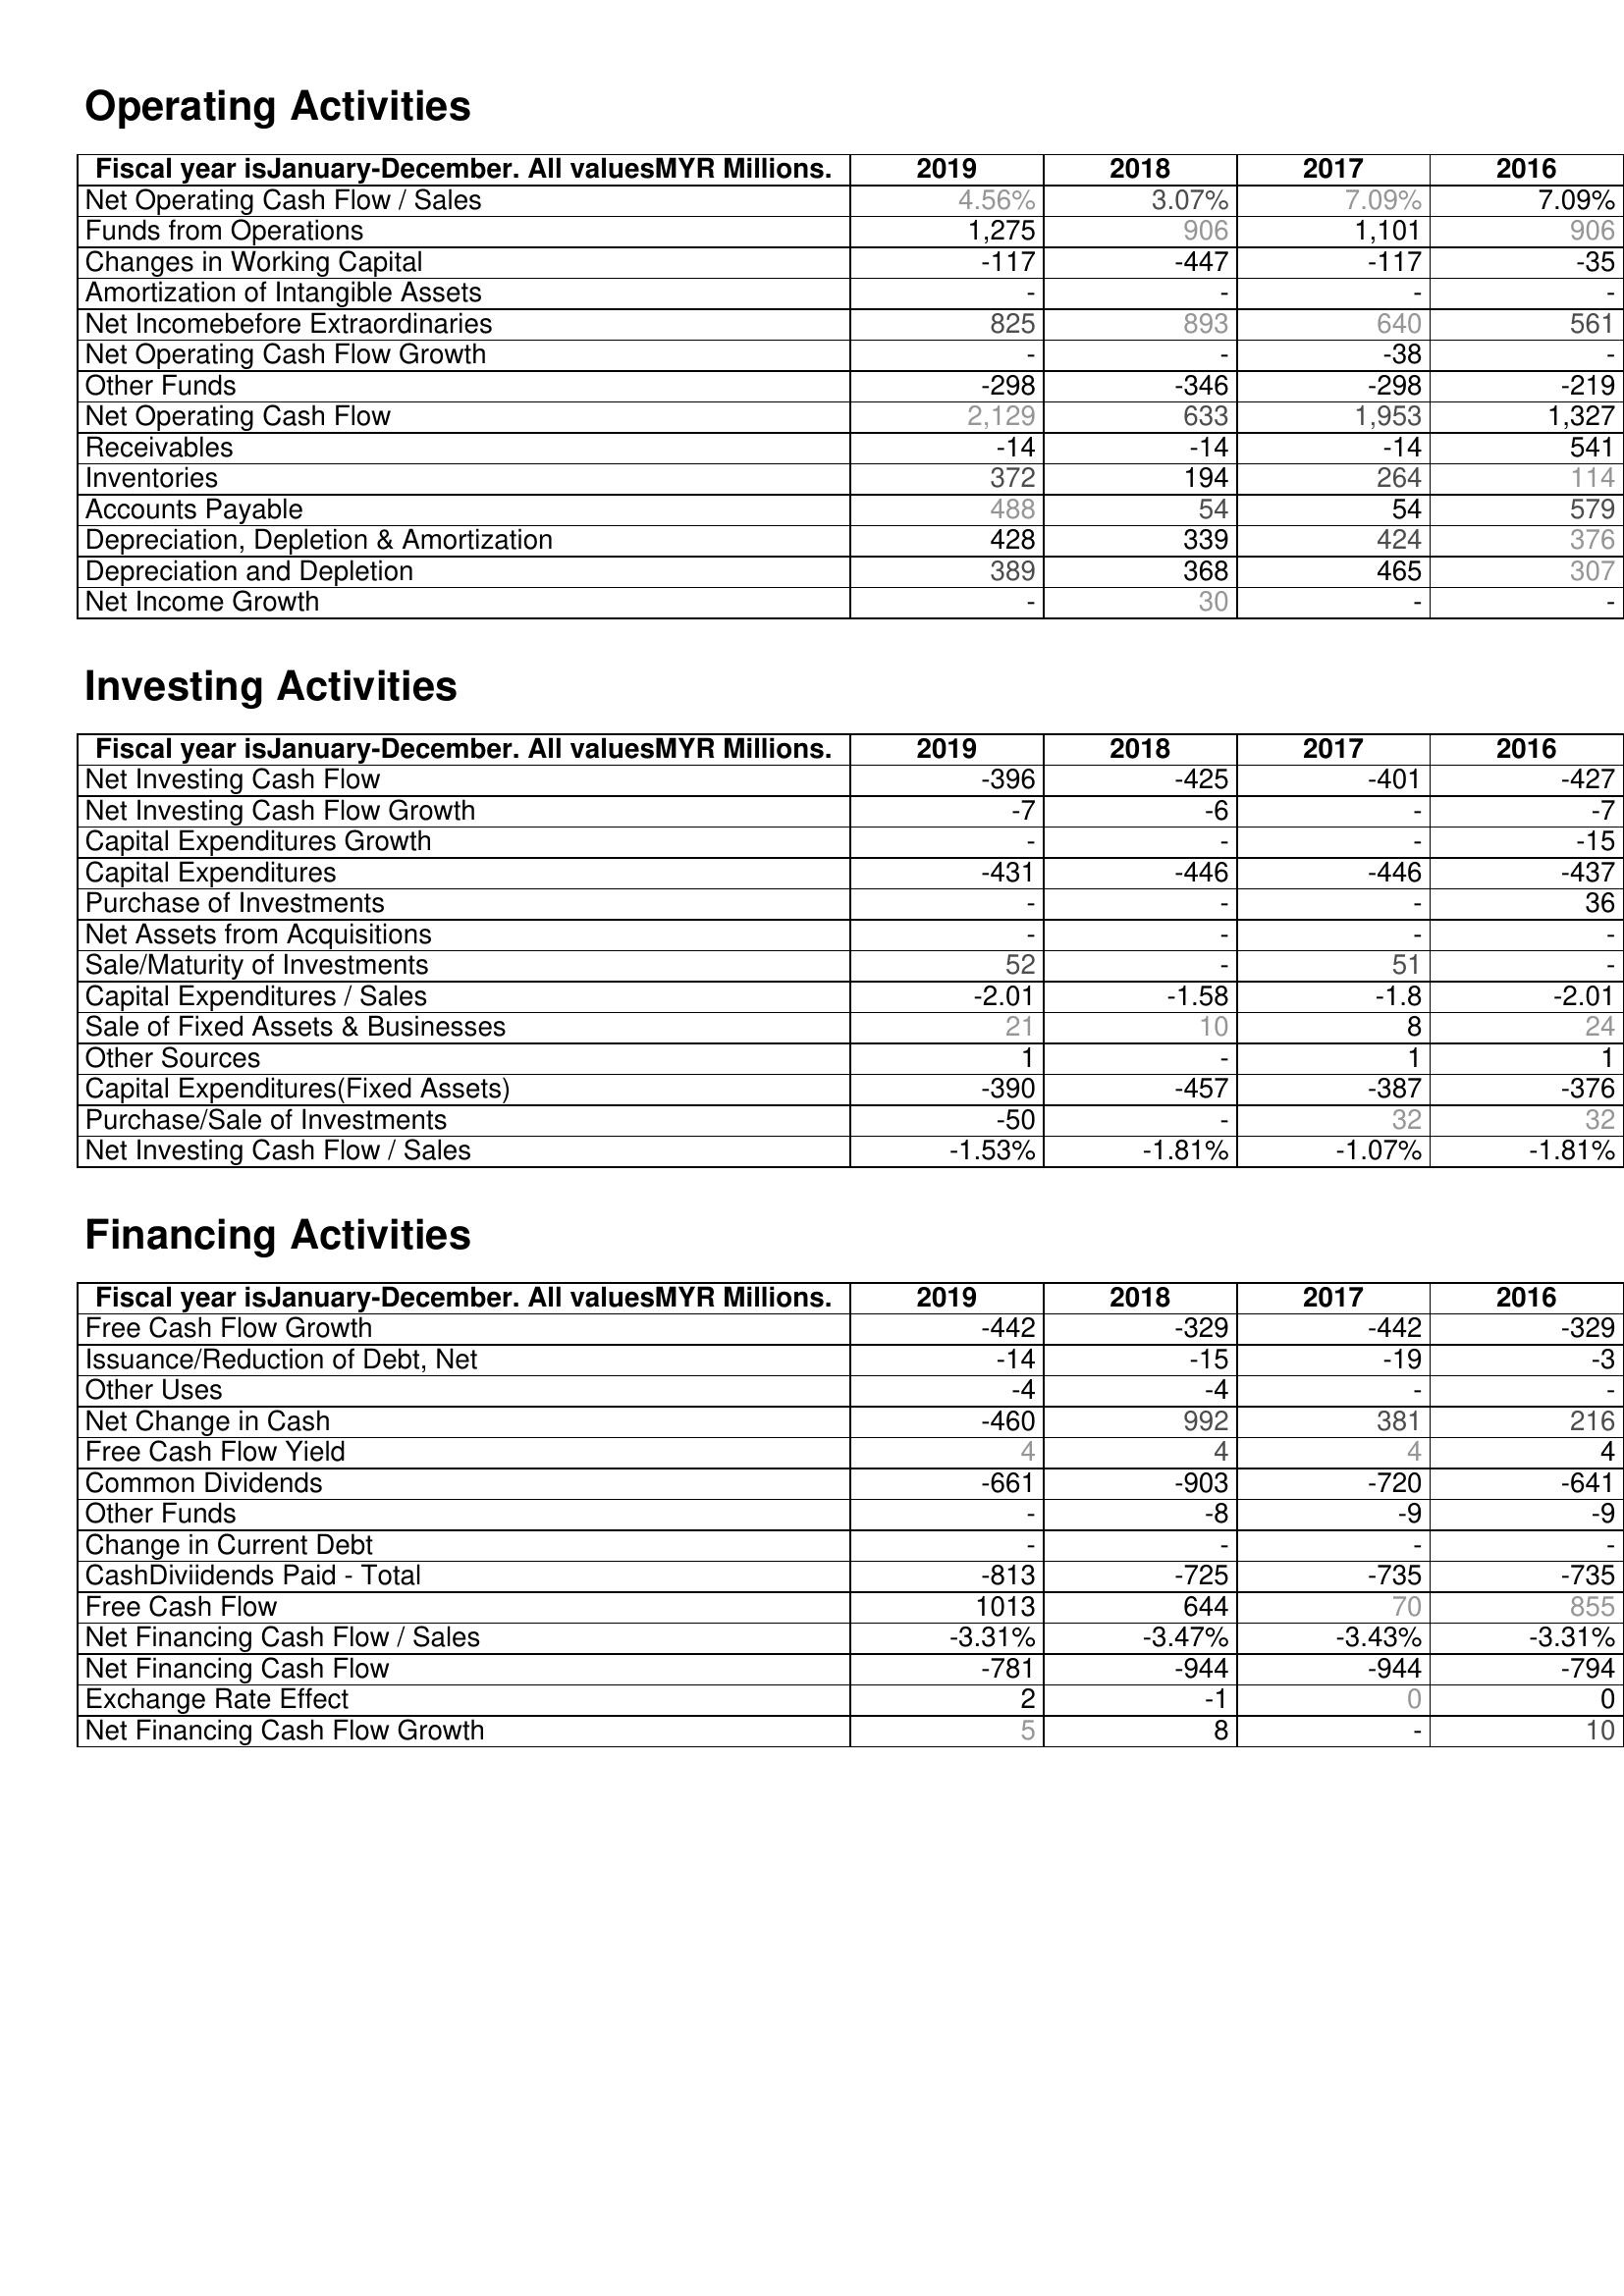
2019: Operating Activities: Net Operating Cash Flow / Sales: 4.56%
Funds from Operations: 1,275
Changes in Working Capital: -117
Amortization of Intangible Assets: -
Net Incomebefore Extraordinaries: 825
Net Operating Cash Flow Growth: -
Other Funds: -298
Net Operating Cash Flow: 2,129
Receivables: -14
Inventories: 372
Accounts Payable: 488
Depreciation, Depletion & Amortization: 428
Depreciation and Depletion: 389
Net Income Growth: -
Investing Activities: Net Investing Cash Flow: -396
Net Investing Cash Flow Growth: -7
Capital Expenditures Growth: -
Capital Expenditures: -431
Purchase of Investments: -
Net Assets from Acquisitions: -
Sale/Maturity of Investments: 52
Capital Expenditures / Sales: -2.01
Sale of Fixed Assets & Businesses: 21
Other Sources: 1
Capital Expenditures(Fixed Assets): -390
Purchase/Sale of Investments: -50
Net Investing Cash Flow / Sales: -1.53%
Financing Activities: Free Cash Flow Growth: -442
Issuance/Reduction of Debt, Net: -14
Other Uses: -4
Net Change in Cash: -460
Free Cash Flow Yield: 4
Common Dividends: -661
Other Funds: -
Change in Current Debt: -
CashDiviidends Paid - Total: -813
Free Cash Flow: 1013
Net Financing Cash Flow / Sales: -3.31%
Net Financing Cash Flow: -781
Exchange Rate Effect: 2
Net Financing Cash Flow Growth: 5
2018: Operating Activities: Net Operating Cash Flow / Sales: 3.07%
Funds from Operations: 906
Changes in Working Capital: -447
Amortization of Intangible Assets: -
Net Incomebefore Extraordinaries: 893
Net Operating Cash Flow Growth: -
Other Funds: -346
Net Operating Cash Flow: 633
Receivables: -14
Inventories: 194
Accounts Payable: 54
Depreciation, Depletion & Amortization: 339
Depreciation and Depletion: 368
Net Income Growth: 30
Investing Activities: Net Investing Cash Flow: -425
Net Investing Cash Flow Growth: -6
Capital Expenditures Growth: -
Capital Expenditures: -446
Purchase of Investments: -
Net Assets from Acquisitions: -
Sale/Maturity of Investments: -
Capital Expenditures / Sales: -1.58
Sale of Fixed Assets & Businesses: 10
Other Sources: -
Capital Expenditures(Fixed Assets): -457
Purchase/Sale of Investments: -
Net Investing Cash Flow / Sales: -1.81%
Financing Activities: Free Cash Flow Growth: -329
Issuance/Reduction of Debt, Net: -15
Other Uses: -4
Net Change in Cash: 992
Free Cash Flow Yield: 4
Common Dividends: -903
Other Funds: -8
Change in Current Debt: -
CashDiviidends Paid - Total: -725
Free Cash Flow: 644
Net Financing Cash Flow / Sales: -3.47%
Net Financing Cash Flow: -944
Exchange Rate Effect: -1
Net Financing Cash Flow Growth: 8
2017: Operating Activities: Net Operating Cash Flow / Sales: 7.09%
Funds from Operations: 1,101
Changes in Working Capital: -117
Amortization of Intangible Assets: -
Net Incomebefore Extraordinaries: 640
Net Operating Cash Flow Growth: -38
Other Funds: -298
Net Operating Cash Flow: 1,953
Receivables: -14
Inventories: 264
Accounts Payable: 54
Depreciation, Depletion & Amortization: 424
Depreciation and Depletion: 465
Net Income Growth: -
Investing Activities: Net Investing Cash Flow: -401
Net Investing Cash Flow Growth: -
Capital Expenditures Growth: -
Capital Expenditures: -446
Purchase of Investments: -
Net Assets from Acquisitions: -
Sale/Maturity of Investments: 51
Capital Expenditures / Sales: -1.8
Sale of Fixed Assets & Businesses: 8
Other Sources: 1
Capital Expenditures(Fixed Assets): -387
Purchase/Sale of Investments: 32
Net Investing Cash Flow / Sales: -1.07%
Financing Activities: Free Cash Flow Growth: -442
Issuance/Reduction of Debt, Net: -19
Other Uses: -
Net Change in Cash: 381
Free Cash Flow Yield: 4
Common Dividends: -720
Other Funds: -9
Change in Current Debt: -
CashDiviidends Paid - Total: -735
Free Cash Flow: 70
Net Financing Cash Flow / Sales: -3.43%
Net Financing Cash Flow: -944
Exchange Rate Effect: 0
Net Financing Cash Flow Growth: -
2016: Operating Activities: Net Operating Cash Flow / Sales: 7.09%
Funds from Operations: 906
Changes in Working Capital: -35
Amortization of Intangible Assets: -
Net Incomebefore Extraordinaries: 561
Net Operating Cash Flow Growth: -
Other Funds: -219
Net Operating Cash Flow: 1,327
Receivables: 541
Inventories: 114
Accounts Payable: 579
Depreciation, Depletion & Amortization: 376
Depreciation and Depletion: 307
Net Income Growth: -
Investing Activities: Net Investing Cash Flow: -427
Net Investing Cash Flow Growth: -7
Capital Expenditures Growth: -15
Capital Expenditures: -437
Purchase of Investments: 36
Net Assets from Acquisitions: -
Sale/Maturity of Investments: -
Capital Expenditures / Sales: -2.01
Sale of Fixed Assets & Businesses: 24
Other Sources: 1
Capital Expenditures(Fixed Assets): -376
Purchase/Sale of Investments: 32
Net Investing Cash Flow / Sales: -1.81%
Financing Activities: Free Cash Flow Growth: -329
Issuance/Reduction of Debt, Net: -3
Other Uses: -
Net Change in Cash: 216
Free Cash Flow Yield: 4
Common Dividends: -641
Other Funds: -9
Change in Current Debt: -
CashDiviidends Paid - Total: -735
Free Cash Flow: 855
Net Financing Cash Flow / Sales: -3.31%
Net Financing Cash Flow: -794
Exchange Rate Effect: 0
Net Financing Cash Flow Growth: 10